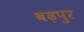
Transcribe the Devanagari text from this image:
बढ़पुर